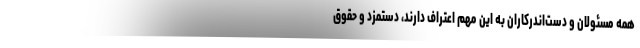
همه مسئولان و دست‌اندرکاران به این مهم اعتراف دارند، دستمزد و حقوق